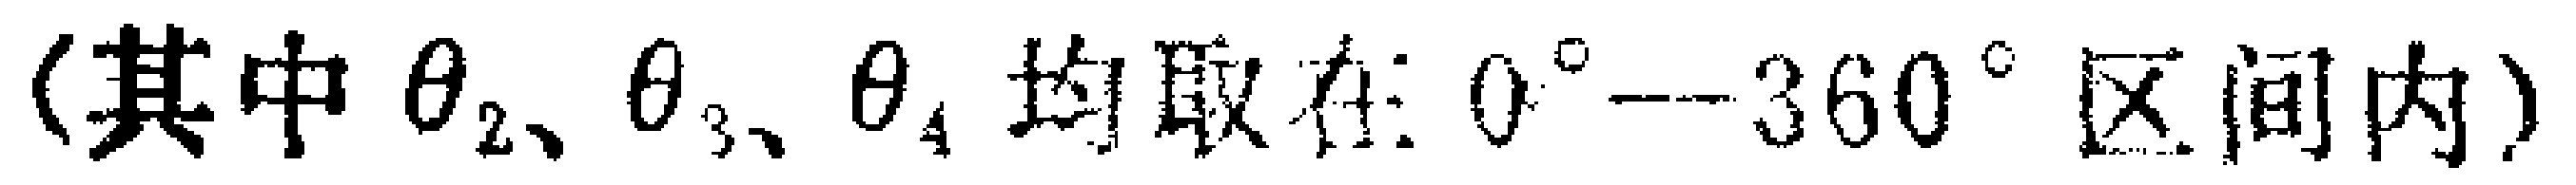
(其中$\theta_{2}、\theta_{3}、\theta_{4}$均取在$0^{\circ} -- 360^{\circ}$区间内)